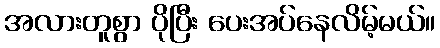
အလားတူစွာ ပိုပြီး ပေးအပ်နေလိမ့်မယ်။